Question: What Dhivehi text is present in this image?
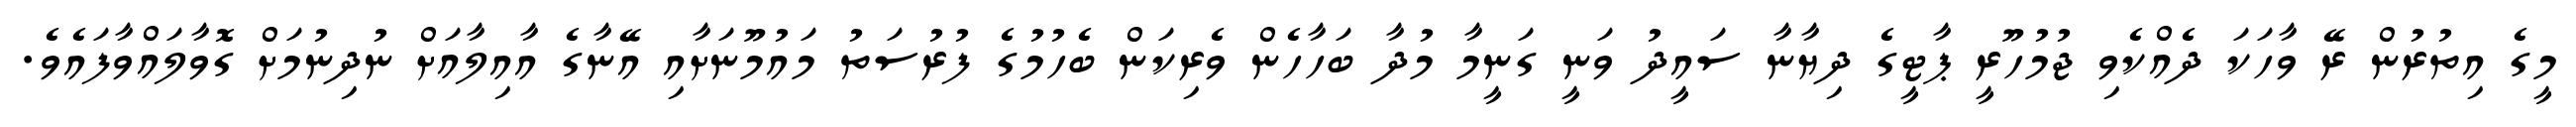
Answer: މީގެ އިތުރުން ރޭ ވާހަކަ ދެއްކެވި ޖުމުހޫރީ ޕާޓީގެ ދިޔާނާ ސައީދު ވަނީ ގަނީމާ މުދާ ބަހާހެން ވެރިކަން ބެހުމުގެ ފުރުސަތު މައުމޫނަށާއި އޭނާގެ އާއިލާއަށް ނުދިނުމަށް ގޮވާލައްވާފައެވެ.